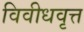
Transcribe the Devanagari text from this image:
विवीधवृत्त